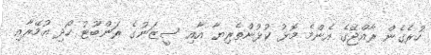
ހުރެގެން ރާއްޖޭގެ އެންމެ މޮޅު ކުޅުންތެރިޔާ އާއި ސީޒަނުގެ ރަންބޫޓު ހޯދި އުމޭރާއި